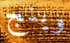
وينج